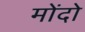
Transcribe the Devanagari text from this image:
मोंदो